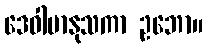
ဒေဝါမာနုသကာ ဥဘော။